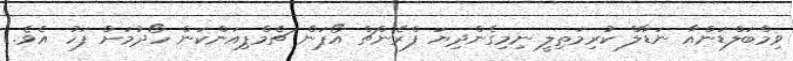
ވިމްބަލްޑަންއާ ނަޑާލް ކުރިމަތިލީ ނިމިގެންދިޔަ ފްރެންޗް އޯޕަން ޗެމްޕިއަންކަން ހޯދުމަށް ފަހު އެވެ.